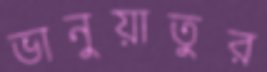
ভানুয়াতুর